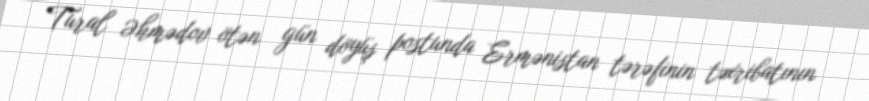
Tural Əhmədov ötən gün döyüş postunda Ermənistan tərəfinin təxribatının